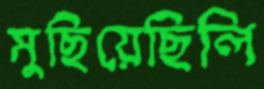
মুছিয়েছিলি